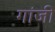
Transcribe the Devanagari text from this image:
गांजी